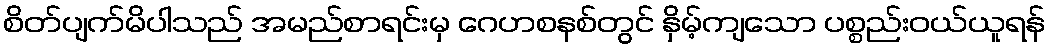
စိတ်ပျက်မိပါသည် အမည်စာရင်းမှ ဂေဟစနစ်တွင် နှိမ့်ကျသော ပစ္စည်းဝယ်ယူရန်